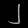
Digit: ၂